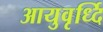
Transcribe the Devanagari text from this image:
आयुवृर्ध्दि